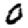
Digit: 0